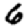
Digit: 6